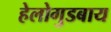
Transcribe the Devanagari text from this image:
हेलोगुडबाय